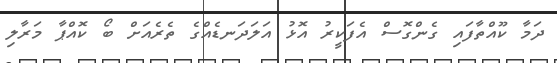
ދަމާ ކޫއްތާފައި ގެންގޮސް އެފަކީރު އޮޅު އަލަދަނޑެއްގެ ތެރެއަށް ބޯ ކޮއްޕާ މަރާލި